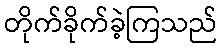
တိုက်ခိုက်ခဲ့ကြသည်